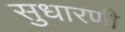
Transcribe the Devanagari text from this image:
सुधारणी